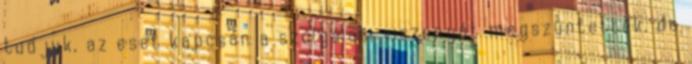
tudjuk, az eset kapcsán a szolgálati viszonyát megszüntették, de